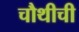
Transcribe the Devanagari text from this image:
चौथीची